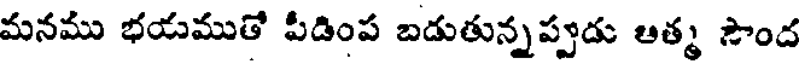
మనము భయముతో పీడింప బడుతున్నప్పుడు ఆత్మ సౌంద